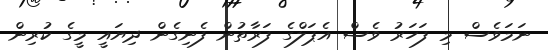
ނަމަވެސް މި ފަހަރު ވެސް އެޕަލްގެ ފަރާތުން ފެނިގެން ދިޔައީ މީގެ ކުރިން